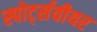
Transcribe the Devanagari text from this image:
स्पोर्ट्सवीयर